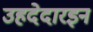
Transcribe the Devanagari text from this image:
उहदेदारइन